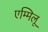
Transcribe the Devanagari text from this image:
एम्मिलू